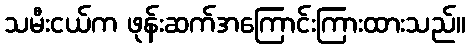
သမီးငယ်က ဖုန်းဆက်အကြောင်းကြားထားသည်။